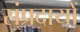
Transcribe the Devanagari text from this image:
स्ंप्रदायों